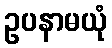
ဥပနာမယုံ